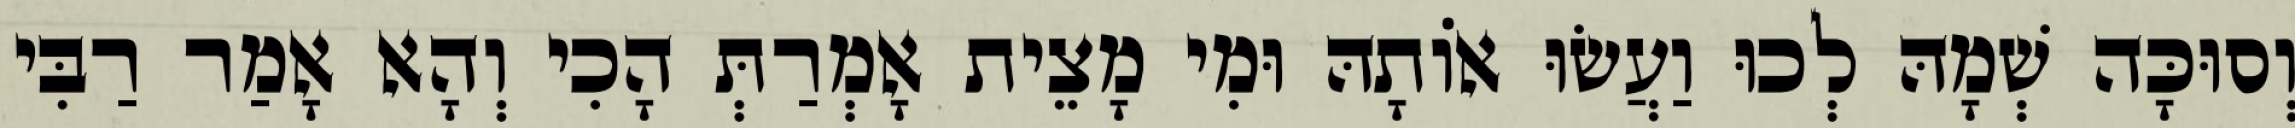
וְסוּכָּה שְׁמָהּ לְכוּ וַעֲשׂוּ אוֹתָהּ וּמִי מָצֵית אָמְרַתְּ הָכִי וְהָא אָמַר רַבִּי